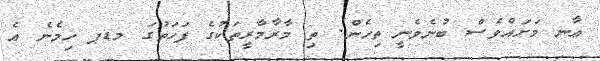
ޢާނ މަށައްވެސް ބުނެވެނީ ތިހެން. ތި މާރާމާރީތަކުގެ ފަހަތުގަ މޑޕ ހިމެނެ އެ